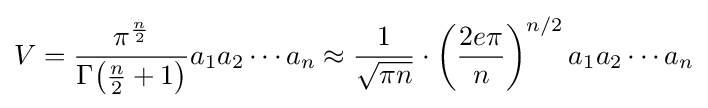
V={\frac {\pi ^{\frac {n}{2}}}{\Gamma {\left({\frac {n}{2}}+1\right)}}}a_{1}a_{2}\cdots a_{n}\approx {\frac {1}{\sqrt {\pi n}}}\cdot \left({\frac {2e\pi }{n}}\right)^{n/2}a_{1}a_{2}\cdots a_{n}